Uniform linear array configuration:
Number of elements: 64
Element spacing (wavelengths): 1
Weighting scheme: hamming
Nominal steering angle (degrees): -30
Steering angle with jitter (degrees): -28.26
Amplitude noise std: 0.05
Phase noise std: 0.05

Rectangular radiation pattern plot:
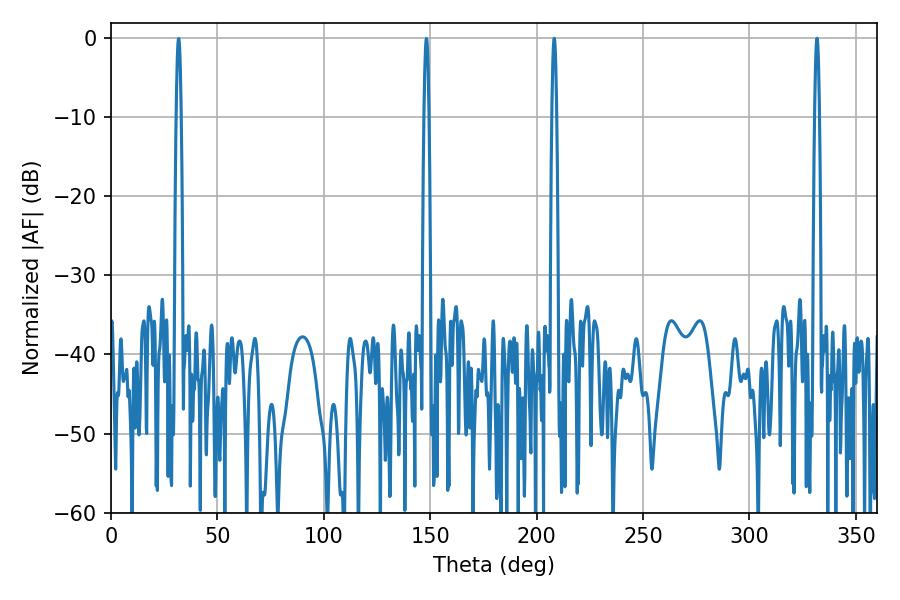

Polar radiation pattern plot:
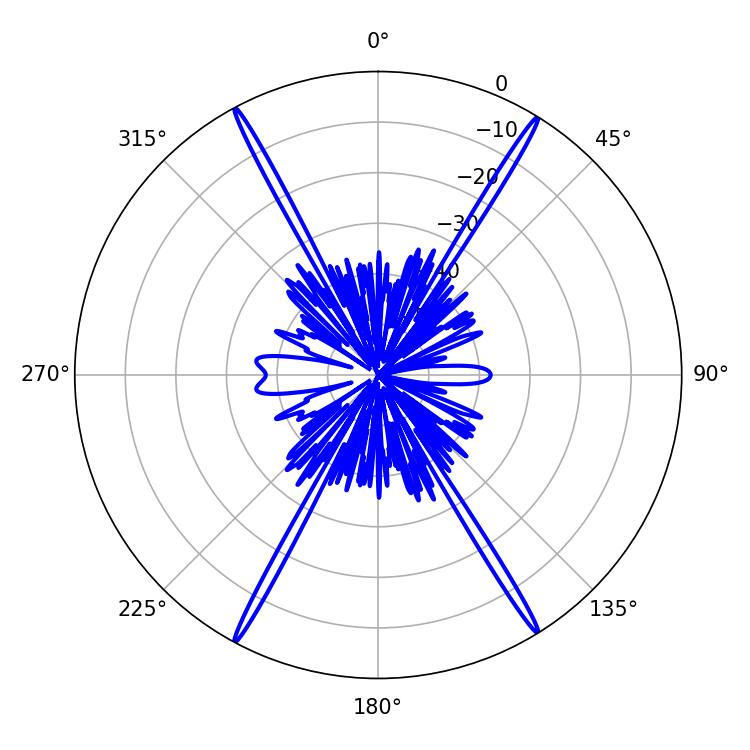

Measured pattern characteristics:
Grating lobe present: TRUE
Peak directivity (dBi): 27.613
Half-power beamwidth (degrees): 1.08
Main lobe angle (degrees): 331.74